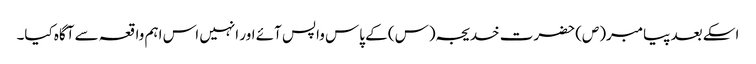
اسکے بعد پیامبر(ص) حضرت خدیجہ(س) کے پاس واپس آئے اور انہیں اس اہم واقعہ سے آگاہ کیا۔